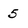
Character: 5